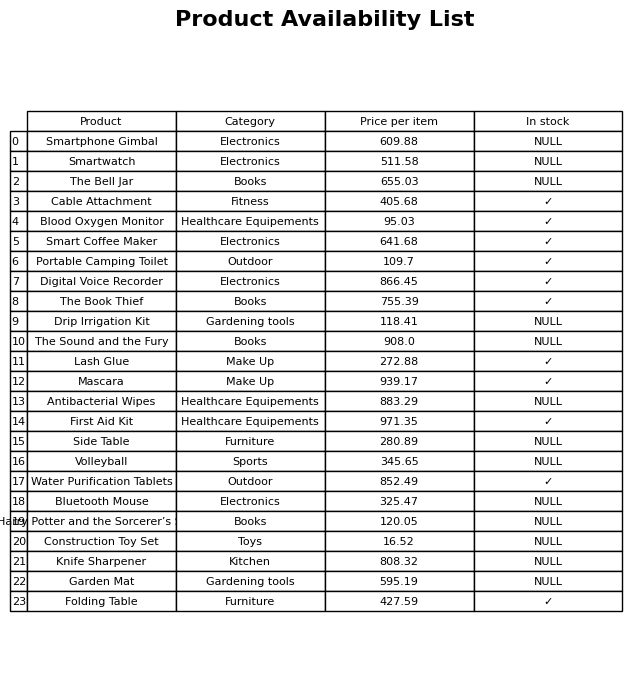
question: What is the price for First Aid Kit?
answer: The price of First Aid Kit is 971.35.